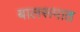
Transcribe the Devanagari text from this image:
बालरूपात